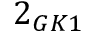
2 _ { G K 1 }